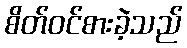
စိတ်ဝင်စားခဲ့သည်